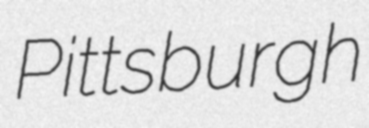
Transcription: Pittsburgh